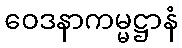
ဝေဒနာကမ္မဋ္ဌာနံ